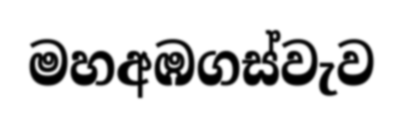
මහඅඹගස්වැව